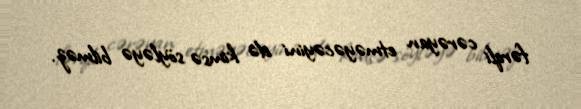
fərqli cərəyan etməyəcəyini də kimsə söyləyə bilməz.